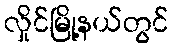
လှိုင်မြို့နယ်တွင်